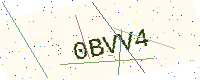
Text: 0BVV4